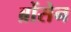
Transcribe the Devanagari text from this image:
ब्रोंसेन